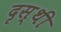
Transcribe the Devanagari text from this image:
दृस्थी